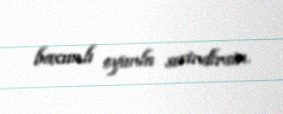
baxımlı oyunla sevindirsin.